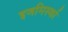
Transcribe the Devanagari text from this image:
इजमिर्स्का